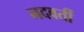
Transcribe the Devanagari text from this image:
नदवर्ती